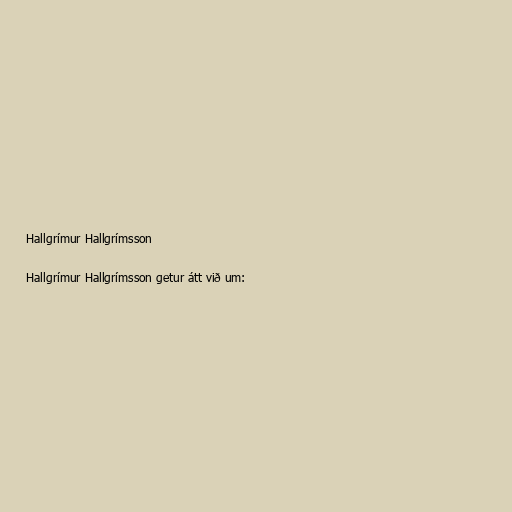
Hallgrímur Hallgrímsson

Hallgrímur Hallgrímsson getur átt við um: